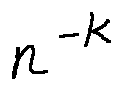
n ^ { - k }